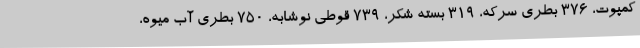
کمپوت، 376 بطری سرکه، 319 بسته شکر، 739 قوطی نوشابه، 750 بطری آب میوه،